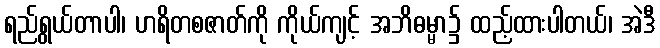
ရည်ရွယ်တာပါ၊ ဟရိတစဇာတ်ကို ကိုယ်ကျင့် အဘိဓမ္မာ၌ ထည့်ထားပါတယ်၊ အဲဒီ